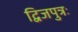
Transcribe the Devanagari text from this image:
द्विजपुत्रः